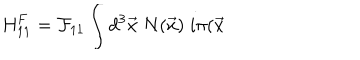
LaTeX: \mathrm { H } _ { 1 1 } ^ { F } = { \cal F } _ { 1 1 } \int d ^ { 3 } \vec { x } \; N ( \vec { x } ) \; i \pi ( \vec { x }